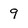
Character: 9